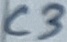
Text: C3